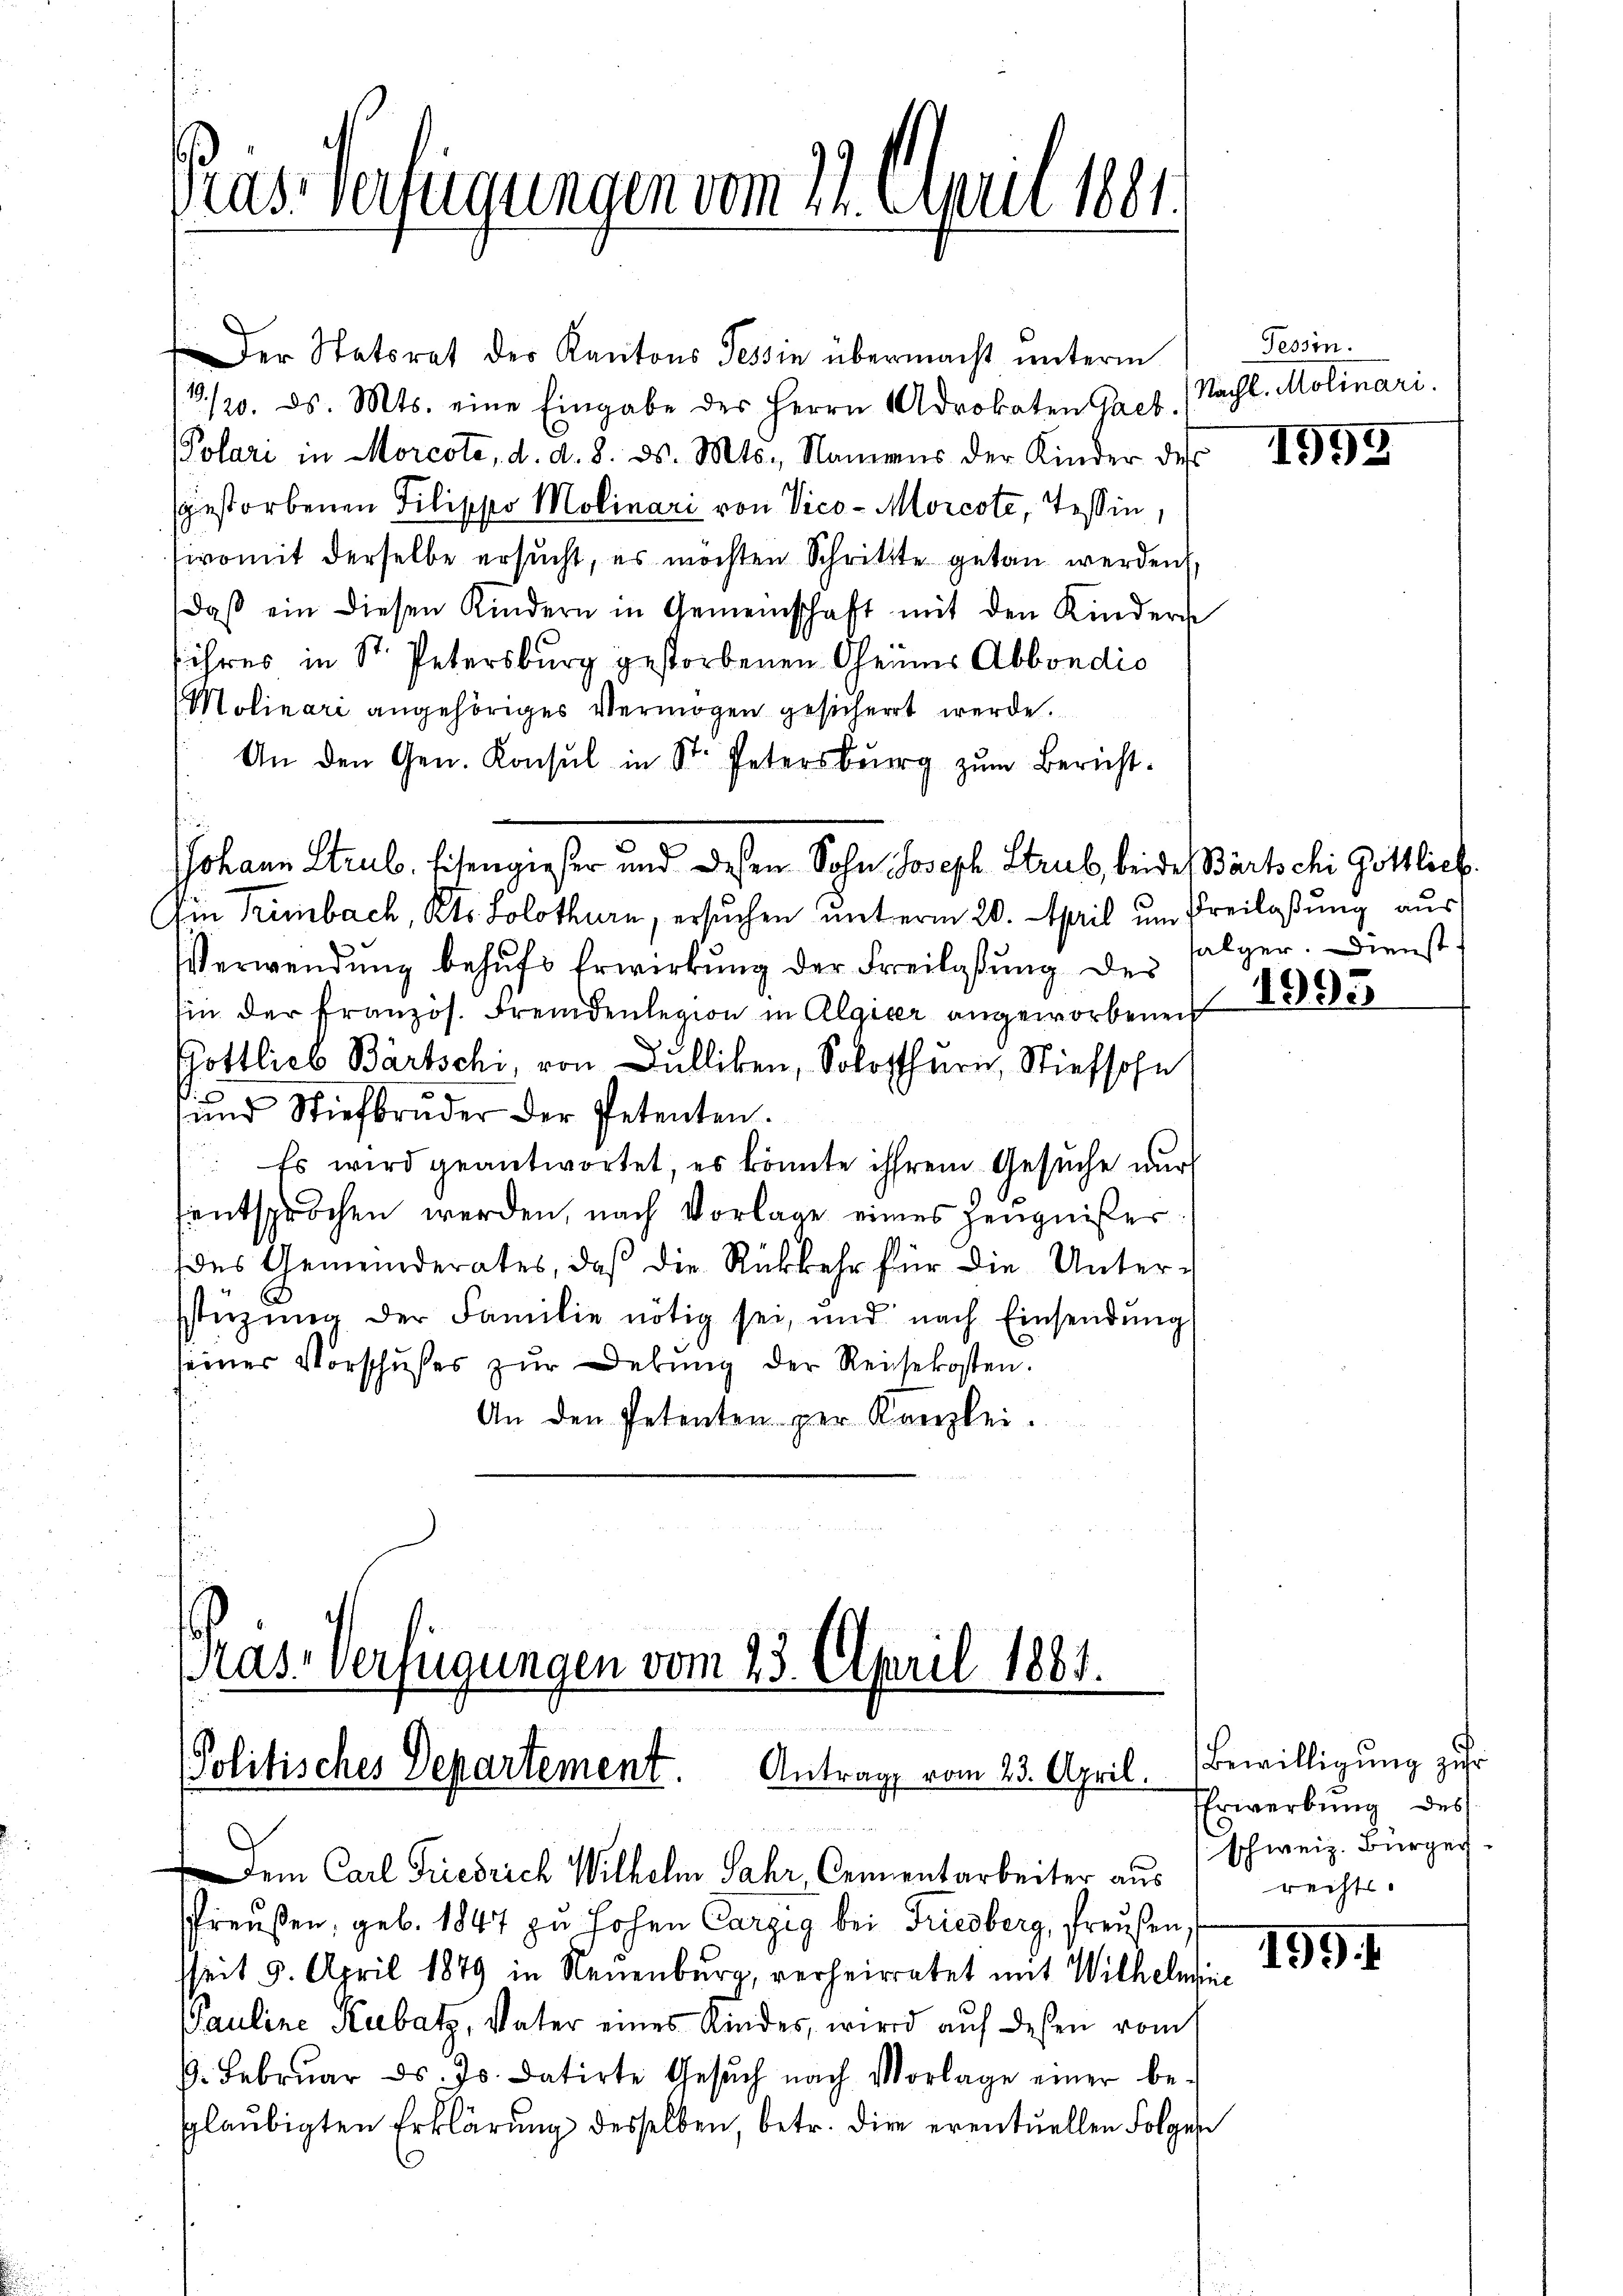
Das Verfügungen vom 24. April 1881.

Der Statsrat der Kantons Tessin übermacht unterm
13./20. ds. Mts. eine Eingabe des Herrn Adrokaten Gact.
Polari in Morcote, d. d. 8. ds. Mts., Namens der Kinder des
gestorbenen Pilippo Molinari von Vico - Morcote, Tessin,
sivomit derselbe ersŭcht, es möchten Schrittte getan werden,
daβ ein diesen Kindern in Gemeinschaft mit den Kindern
ihres in Sr. Petersburg gestorbenen Oheimes Abbondio
Molinari angehöriges Vermögen gesichert werde.
An den Gen. Konsul in St. Petersberg zŭm Bericht.
JJohann Strub. Eisengieser und deßen Sohn Joseph Strub, beides Bartschi Gottlich
Ain Trimbach, Kts. Solothurn, ersuchen unterm 20. April um Freilaßung aus
Verwendung behufe Erwirkung der Freilassung der
sin der französ. Fremdenlegion in Algieer angeworbenen
Gottlieb Bartschi, von Dulliken, Solothurn, Stiefsohn
ŭnd Stiefbruder der Petenten.
Es wird geantwortet, es könnte ihrem Gesŭche nur
entsprochen werden, nach Vorlage eines Zeugnißer
des Gemeinderates, daß die Rückkehr für die Unterstüzung der Familie nötig sei, und nach Einsendŭng
seiner Vorschußes zur Debung der Reisekosten.
An den Petenten per Kanzlei.

Kas-Verfügungen vom 23. April 1881.
Politisches Departement. Antrag vom 23. April.
Dem Carl Friedrich Wilhelm Jahr, Cementarbeiter aus

preußen, geb. 1847 zu hohen Carzig bei Friedberg, Preußen,
sseit 9. April 1849 in Neuenburg, verheiratet mit Wilhelmine
Pauline Rabatz, Vater eines Kindes, wird auf deßen romt
6. Febrŭar d. Js. datirte Gesŭch nach Vorlage einer be-
glaubigten Erklärung desselben, betr. die eventuellen Folgen

Tessin.
(Nacht. Molinari.

1995

salger. Dienst

1993

Bewilligung zur
EErwerbung des
schweiz. Bürger
rechts.

1991